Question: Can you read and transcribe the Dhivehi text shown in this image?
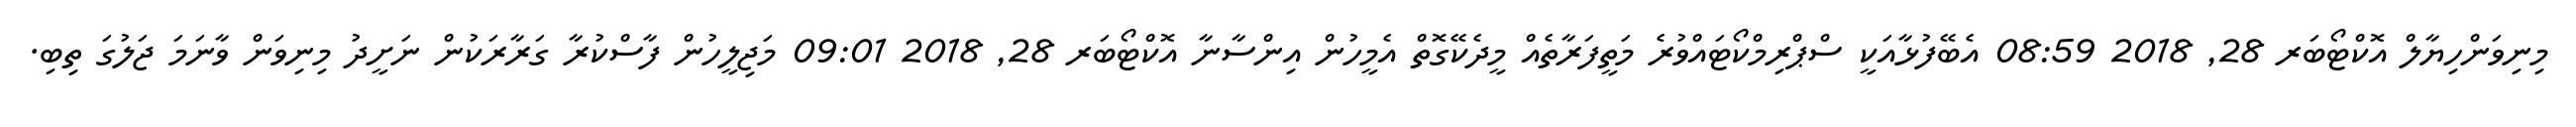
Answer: މިނިވަންހިޔާލް އޮކްޓޯބަރ 28, 2018 08:59 އެބޭފުޅާއަކީ ސްޕްރިމްކޯޓައްވުރެ މަތީފަރާތެއް މީދެކޭގޮތް އެމީހުން އިންސާނާ އޮކްޓޯބަރ 28, 2018 09:01 މަޖިލީހުން ފާސްކުރާ ގަރާރަކުން ނަށީދު މިނިވަން ވާނަމަ ޖަލުގަ ތިބި.